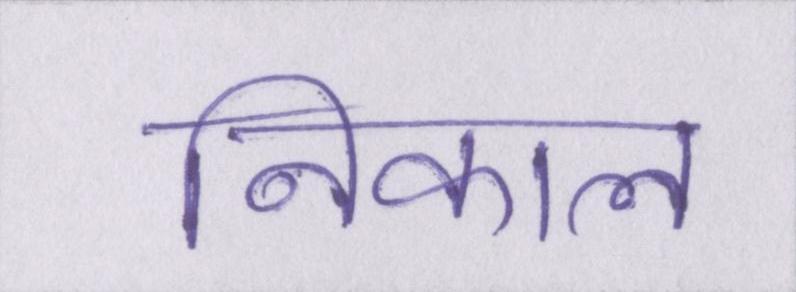
निकाल